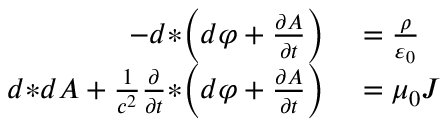
\begin{array} { r l } { - d { * } \! \left( d \varphi + { \frac { \partial A } { \partial t } } \right) } & { { } = { \frac { \rho } { \varepsilon _ { 0 } } } } \\ { d { * } d A + { \frac { 1 } { c ^ { 2 } } } { \frac { \partial } { \partial t } } { * } \! \left( d \varphi + { \frac { \partial A } { \partial t } } \right) } & { { } = \mu _ { 0 } J } \end{array}